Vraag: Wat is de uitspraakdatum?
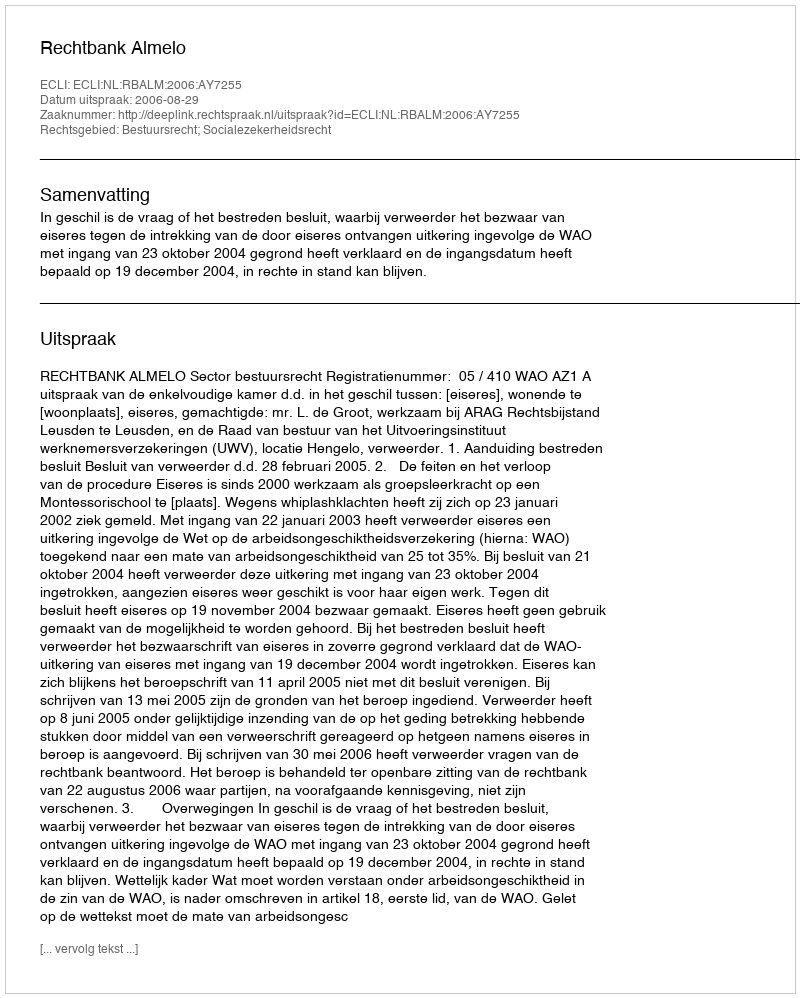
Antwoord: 2006-08-29